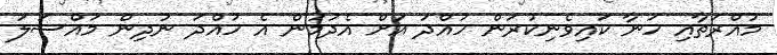
މުއްރަތާއި ހަނާ ކައިވެނިކުރަން ހުއްދަ އަށް އެދުމުން އެ ހުއްދަ ނުދިން މައްސަލަ